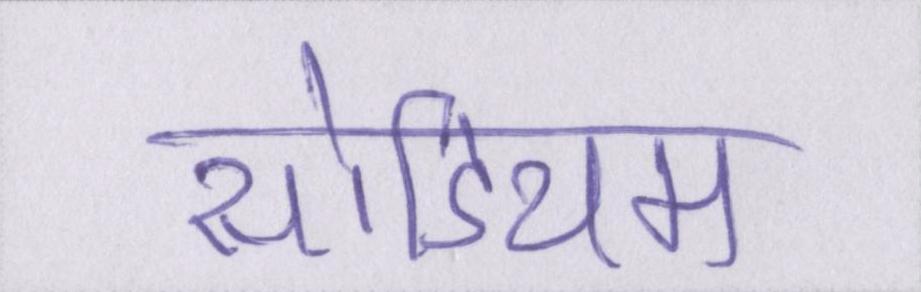
सोडियम